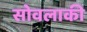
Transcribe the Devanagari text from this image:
सोवलाकी